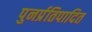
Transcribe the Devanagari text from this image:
पुनर्प्रतिपादित